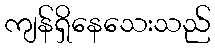
ကျန်ရှိနေသေးသည်